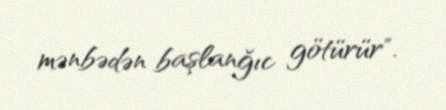
mənbədən başlanğıc götürür".